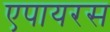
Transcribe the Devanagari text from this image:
एपायरस